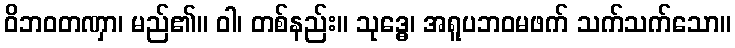
ဝိဘဝတဏှာ၊ မည်၏။ ဝါ၊ တစ်နည်း။ သုဒ္ဓေ၊ အရူပဘဝမဖက် သက်သက်သော။